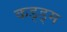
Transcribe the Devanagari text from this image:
कड्ड्म